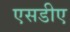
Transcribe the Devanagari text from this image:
एसडीए